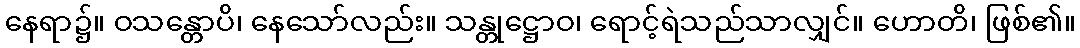
နေရာ၌။ ဝသန္တောပိ၊ နေသော်လည်း။ သန္တုဋ္ဌောဝ၊ ရောင့်ရဲသည်သာလျှင်။ ဟောတိ၊ ဖြစ်၏။